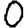
Digit: 0